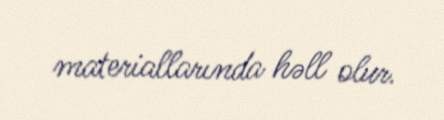
materiallarında həll olur.